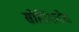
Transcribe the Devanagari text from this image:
सोसिदादेस